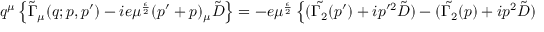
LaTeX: q ^ { \mu } \left\{ \tilde { \Gamma } _ { \mu } ( q ; p , p ^ { \prime } ) - i e \mu ^ { \frac { \epsilon } { 2 } } ( p ^ { \prime } + p ) _ { \mu } \tilde { D } \right\} = - e \mu ^ { \frac { \epsilon } { 2 } } \left\{ ( \tilde { \Gamma _ { 2 } } ( p ^ { \prime } ) + i p ^ { \prime 2 } \tilde { D } ) - ( \tilde { \Gamma _ { 2 } } ( p ) + i p ^ { 2 } \tilde { D } ) \right\} \; .